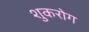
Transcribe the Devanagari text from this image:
शुकरोग